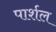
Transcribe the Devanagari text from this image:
पार्शल